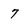
Character: 7